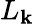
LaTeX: L_{\mathbf{k}}